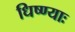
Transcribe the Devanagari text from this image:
धिष्ण्याः